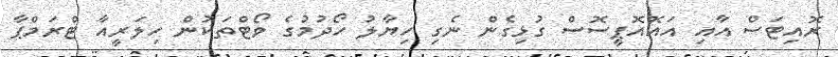
ރޮއިޓަސް އާއި އައޮއޮޕީސޮސް ގުޅިގެން ނެގި ހިޔާލު ހޯދުމުގެ ވޯޓްތަކުން ހިލަރީއާ ޓްރަމްޕާ